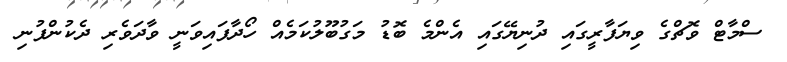
ސްމާޓް ވޮޗްގެ ވިޔަފާރީގައި ދުނިޔޭގައި އެންމެ ބޮޑު މަގުބޫލުކަމެއް ހޯދާފައިވަނީ ވާދަވެރި ދެކުންފުނި